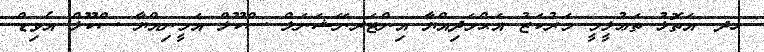
ހދ. އަތޮޅު ތަޢުލީމީ މަރުކަޒު އަޙްމަދިއްޔާ އިންޓަރނޭޝަނަލް ސްކޫލް އަމީނިއްޔާ ސްކޫލް އެވިޑް